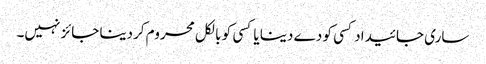
ساری جائیداد کسی کو دے دینا یا کسی کو بالکل محروم کردینا جائز نہیں۔